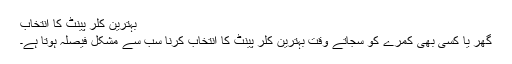
بہترین کلر پینٹ کا انتخاب
گھر یا کسی بھی کمرے کو سجاتے وقت بہترین کلر پینٹ کا انتخاب کرنا سب سے مشکل فیصلہ ہوتا ہے۔